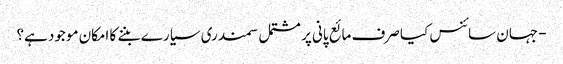
- جہان سائنس کیا صرف مائع پانی پر مشتمل سمندری سیارے بننے کا امکان موجود ہے؟